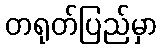
တရုတ်ပြည်မှာ